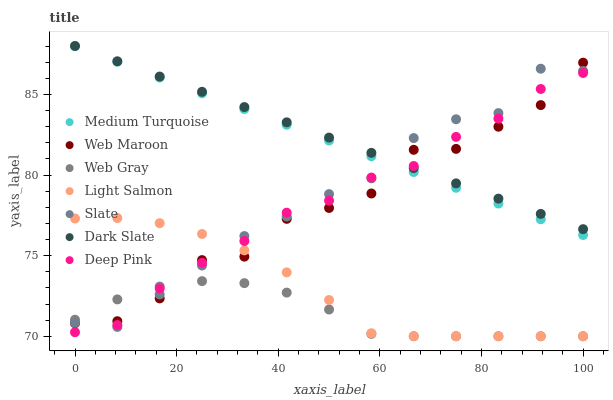
| xaxis_label | Medium Turquoise | Web Maroon | Web Gray | Light Salmon | Slate | Dark Slate | Deep Pink |
 | --- | --- | --- | --- | --- | --- | --- | --- |
 | 0 | 88 | 70.8 | 71 | 77.3 | 70.8 | 88 | 70.3 |
 | 8.33 | 87 | 70.9 | 72.3 | 77.3 | 70.6 | 87.1 | 70.7 |
 | 16.7 | 86 | 72.3 | 73.1 | 77 | 72.6 | 86.1 | 73 |
 | 25 | 85.1 | 74.7 | 73.4 | 76.3 | 74.4 | 85.2 | 74.6 |
 | 33.3 | 84.1 | 74.9 | 73.3 | 75.3 | 76.2 | 84.2 | 75.9 |
 | 41.7 | 83.1 | 77.3 | 72.7 | 74 | 77.4 | 83.3 | 77.7 |
 | 50 | 82.1 | 78 | 71.7 | 72.2 | 78.8 | 82.3 | 78.4 |
 | 58.3 | 81.2 | 78.9 | 70.1 | 70.2 | 79.8 | 81.4 | 79.8 |
 | 66.7 | 80.2 | 81.6 | 70 | 70 | 82.3 | 80.4 | 80.6 |
 | 75 | 79.2 | 81.6 | 70 | 70 | 83.5 | 79.5 | 82.4 |
 | 83.3 | 78.2 | 83 | 70 | 70 | 83.8 | 78.5 | 83.5 |
 | 91.7 | 77.3 | 84.3 | 70 | 70 | 86.6 | 77.6 | 85.3 |
 | 100 | 76.3 | 87 | 70 | 70 | 86.5 | 76.6 | 86.3 |